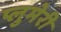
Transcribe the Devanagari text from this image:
प्लुमेरी